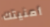
أمنيتك